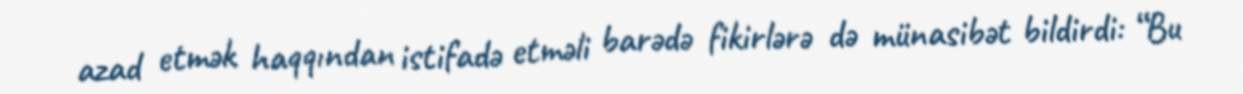
azad etmək haqqından istifadə etməli barədə fikirlərə də münasibət bildirdi: “Bu